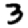
Digit: 3